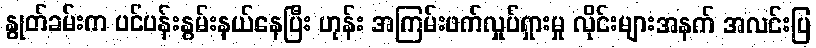
နွုတ်ခမ်းက ပင်ပန်းနွမ်းနယ်နေပြီး ဟုန်း အကြမ်းဖက်လှုပ်ရှားမှု လိုင်းများအနက် အလင်းပြ